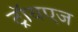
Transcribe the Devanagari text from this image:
ट्रॉयएज